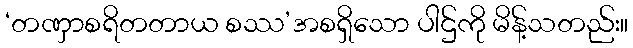
‘တဏှာစရိတတာယ စဿ’အစရှိသော ပါဌ်ကို မိန့်သတည်း။